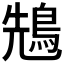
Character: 𪀷